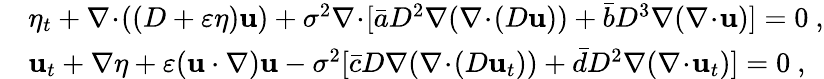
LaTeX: \begin{array}{rl}&{\eta_{t}+\nabla\! \cdot\! ((D+\varepsilon\eta)\mathbf{u})+\sigma^{2}\nabla\! \cdot\! [\bar{a}D^{2}\nabla(\nabla\! \cdot\! (D\mathbf{u}))+\bar{b}D^{3}\nabla(\nabla\! \cdot\! \mathbf{u})]=0\ ,}\\ &{\mathbf{u}_{t}+\nabla\eta+\varepsilon(\mathbf{u}\cdot\nabla)\mathbf{u}-\sigma^{2}[\bar{c}D\nabla(\nabla\! \cdot\! (D\mathbf{u}_{t}))+\bar{d}D^{2}\nabla(\nabla\! \cdot\! \mathbf{u}_{t})]=0\ ,}\end{array}